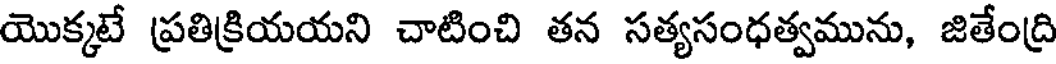
యొక్కటే ప్రతిక్రియయని చాటించి తన సత్యసంధత్వమును, జితేంద్రి